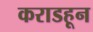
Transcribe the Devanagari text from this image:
कराडहून